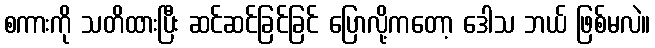
စကားကို သတိထားပြီး ဆင်ဆင်ခြင်ခြင် ပြောလို့ကတော့ ဒေါသ ဘယ် ဖြစ်မလဲ။